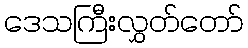
ဒေသကြီးလွှတ်တော်